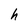
Character: h